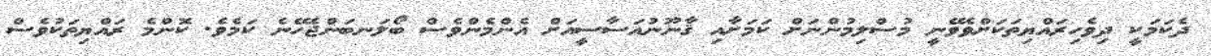
ދެކަމަކީ ދިވެހިރައްޔިތަކަށްވެވޭނީ މުސްލިމުންނަށް ކަމަށާއި ޤާނޫނުއަސާސީއަށް އެންމެންވެސް ބޯލަނބަންޖެހޭނެ ކަމެވެ. ކޮންމެ ރައްޔިތަކުވެސް